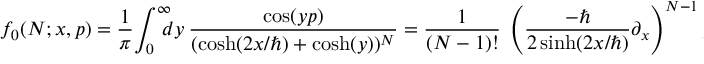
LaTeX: f _ { 0 } ( N ; x , p ) = { \frac { 1 } { \pi } } \! \int _ { 0 } ^ { \infty } \! \! \! \! d y ~ { \frac { \cos ( y p ) } { ( \cosh ( 2 x / \hbar ) + \cosh ( y ) ) ^ { N } } } = { \frac { 1 } { ( N - 1 ) ! } } ~ \left( \frac { - \hbar } { 2 \sinh ( 2 x / \hbar ) } \partial _ { x } \right) ^ { N - 1 } f _ { 0 } ( 1 ; x , p ) ,